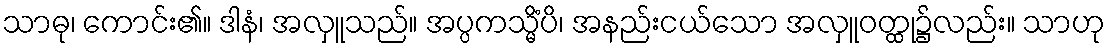
သာဓု၊ ကောင်း၏။ ဒါနံ၊ အလှူသည်။ အပ္ပကသ္မိံပိ၊ အနည်းငယ်သော အလှူဝတ္ထု၌လည်း။ သာဟု